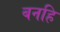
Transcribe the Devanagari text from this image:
बनहि